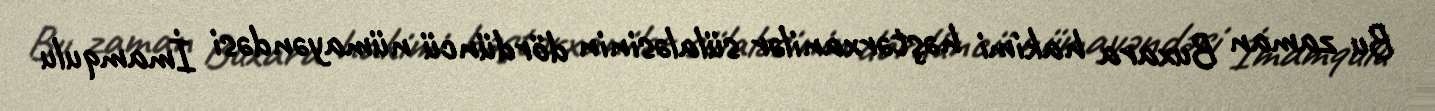
Bu zaman Buxara hakimi həştərxanilər sülaləsinin dördüncü nümayəndəsi İmamqulu